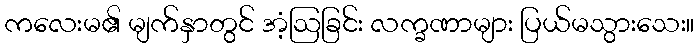
ကလေးမ၏ မျက်နှာတွင် အံ့ဩခြင်း လက္ခဏာများ ပြယ်မသွားသေး။